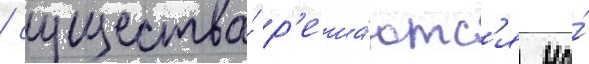
/ существа́ р'еша́ютс'я на́